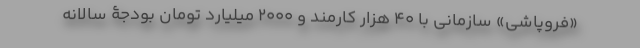
«فروپاشی» سازمانی با 40 هزار کارمند و 2000 میلیارد تومان بودجۀ سالانه